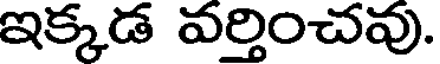
ఇక్కడ వర్తించవు.